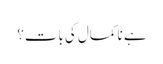
ہے نا کمال کی بات؟